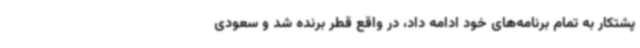
پشتکار به تمام برنامه‌های خود ادامه داد، در واقع قطر برنده شد و سعودی